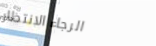
الرجاء الانتظار